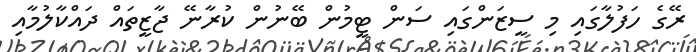
ރޭގެ ހަފުލާގައި މި ސީޒަންގައި ސަން ޓީމުން ބޭނުން ކުރާނޭ ޖާޒީތައް ދައްކާލުމާއި